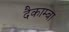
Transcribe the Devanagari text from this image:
दैकाम्बा